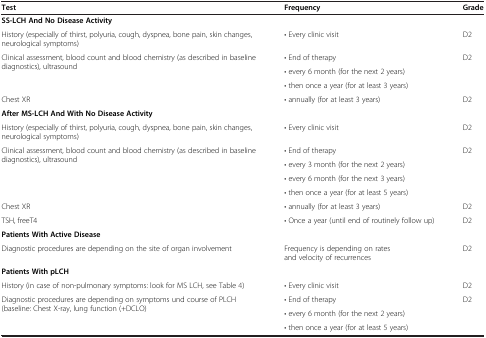
<table><thead><tr><td><b>Test</b></td><td><b>Frequency</b></td><td><b>Grade</b></td></tr></thead><tbody><tr><td colspan="3"><b>SS-LCH And No Disease Activity</b></td></tr><tr><td>History (especially of thirst, polyuria, cough, dyspnea, bone pain, skin changes, neurological symptoms)</td><td>• Every clinic visit</td><td>D2</td></tr><tr><td rowspan="3">Clinical assessment, blood count and blood chemistry (as described in baseline diagnostics), ultrasound</td><td>• End of therapy</td><td rowspan="3">D2</td></tr><tr><td>• every 6 month (for the next 2 years)</td></tr><tr><td>• then once a year (for at least 3 years)</td></tr><tr><td>Chest XR</td><td>• annually (for at least 3 years)</td><td>D2</td></tr><tr><td colspan="3"><b>After MS-LCH And With No Disease Activity</b></td></tr><tr><td>History (especially of thirst, polyuria, cough, dyspnea, bone pain, skin changes, neurological symptoms)</td><td>• Every clinic visit</td><td>D2</td></tr><tr><td rowspan="4">Clinical assessment, blood count and blood chemistry (as described in baseline diagnostics), ultrasound</td><td>• End of therapy</td><td rowspan="4">D2</td></tr><tr><td>• every 3 month (for the next 2 years)</td></tr><tr><td>• every 6 month (for the next 3 years)</td></tr><tr><td>• then once a year (for at least 5 years)</td></tr><tr><td>Chest XR</td><td>• annually (for at least 3 years)</td><td>D2</td></tr><tr><td>TSH, freeT4</td><td>• Once a year (until end of routinely follow up)</td><td>D2</td></tr><tr><td colspan="3"><b>Patients With Active Disease</b></td></tr><tr><td>Diagnostic procedures are depending on the site of organ involvement</td><td>Frequency is depending on rates and velocity of recurrences</td><td>D2</td></tr><tr><td colspan="3"><b>Patients With pLCH</b></td></tr><tr><td>History (in case of non-pulmonary symptoms: look for MS LCH, see Table 4)</td><td>• Every clinic visit</td><td>D2</td></tr><tr><td rowspan="3">Diagnostic procedures are depending on symptoms und course of PLCH (baseline: Chest X-ray, lung function (+DCLO)</td><td>• End of therapy</td><td rowspan="3">D2</td></tr><tr><td>• every 6 month (for the next 2 years)</td></tr><tr><td>• then once a year (for at least 5 years)</td></tr></tbody></table>